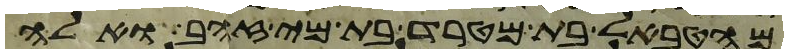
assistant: מהטבאל בת מטרד בת מי זהב ואלה